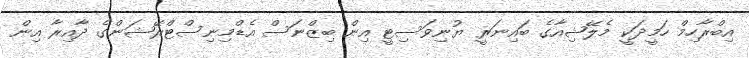
އިބްރާހިމް ހަމީދަކީ މެލޭޝިއާގެ ބައިނަރީ ޔުނިވަސިޓީ އިން ބިޒްނަސް އެޑްމިނިސްޓްރޭޝަންގެ ދާއިރާ އިން